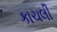
કાચલી